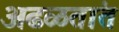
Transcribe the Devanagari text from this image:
अढळतांत